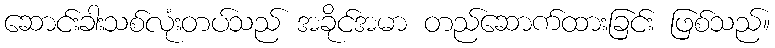
ဆောင်းခါးသစ်လုံးတပ်သည် အခိုင်အမာ တည်ဆောက်ထားခြင်း ဖြစ်သည်။